Tartu_Kolgata_baptistikogudus, lk 106
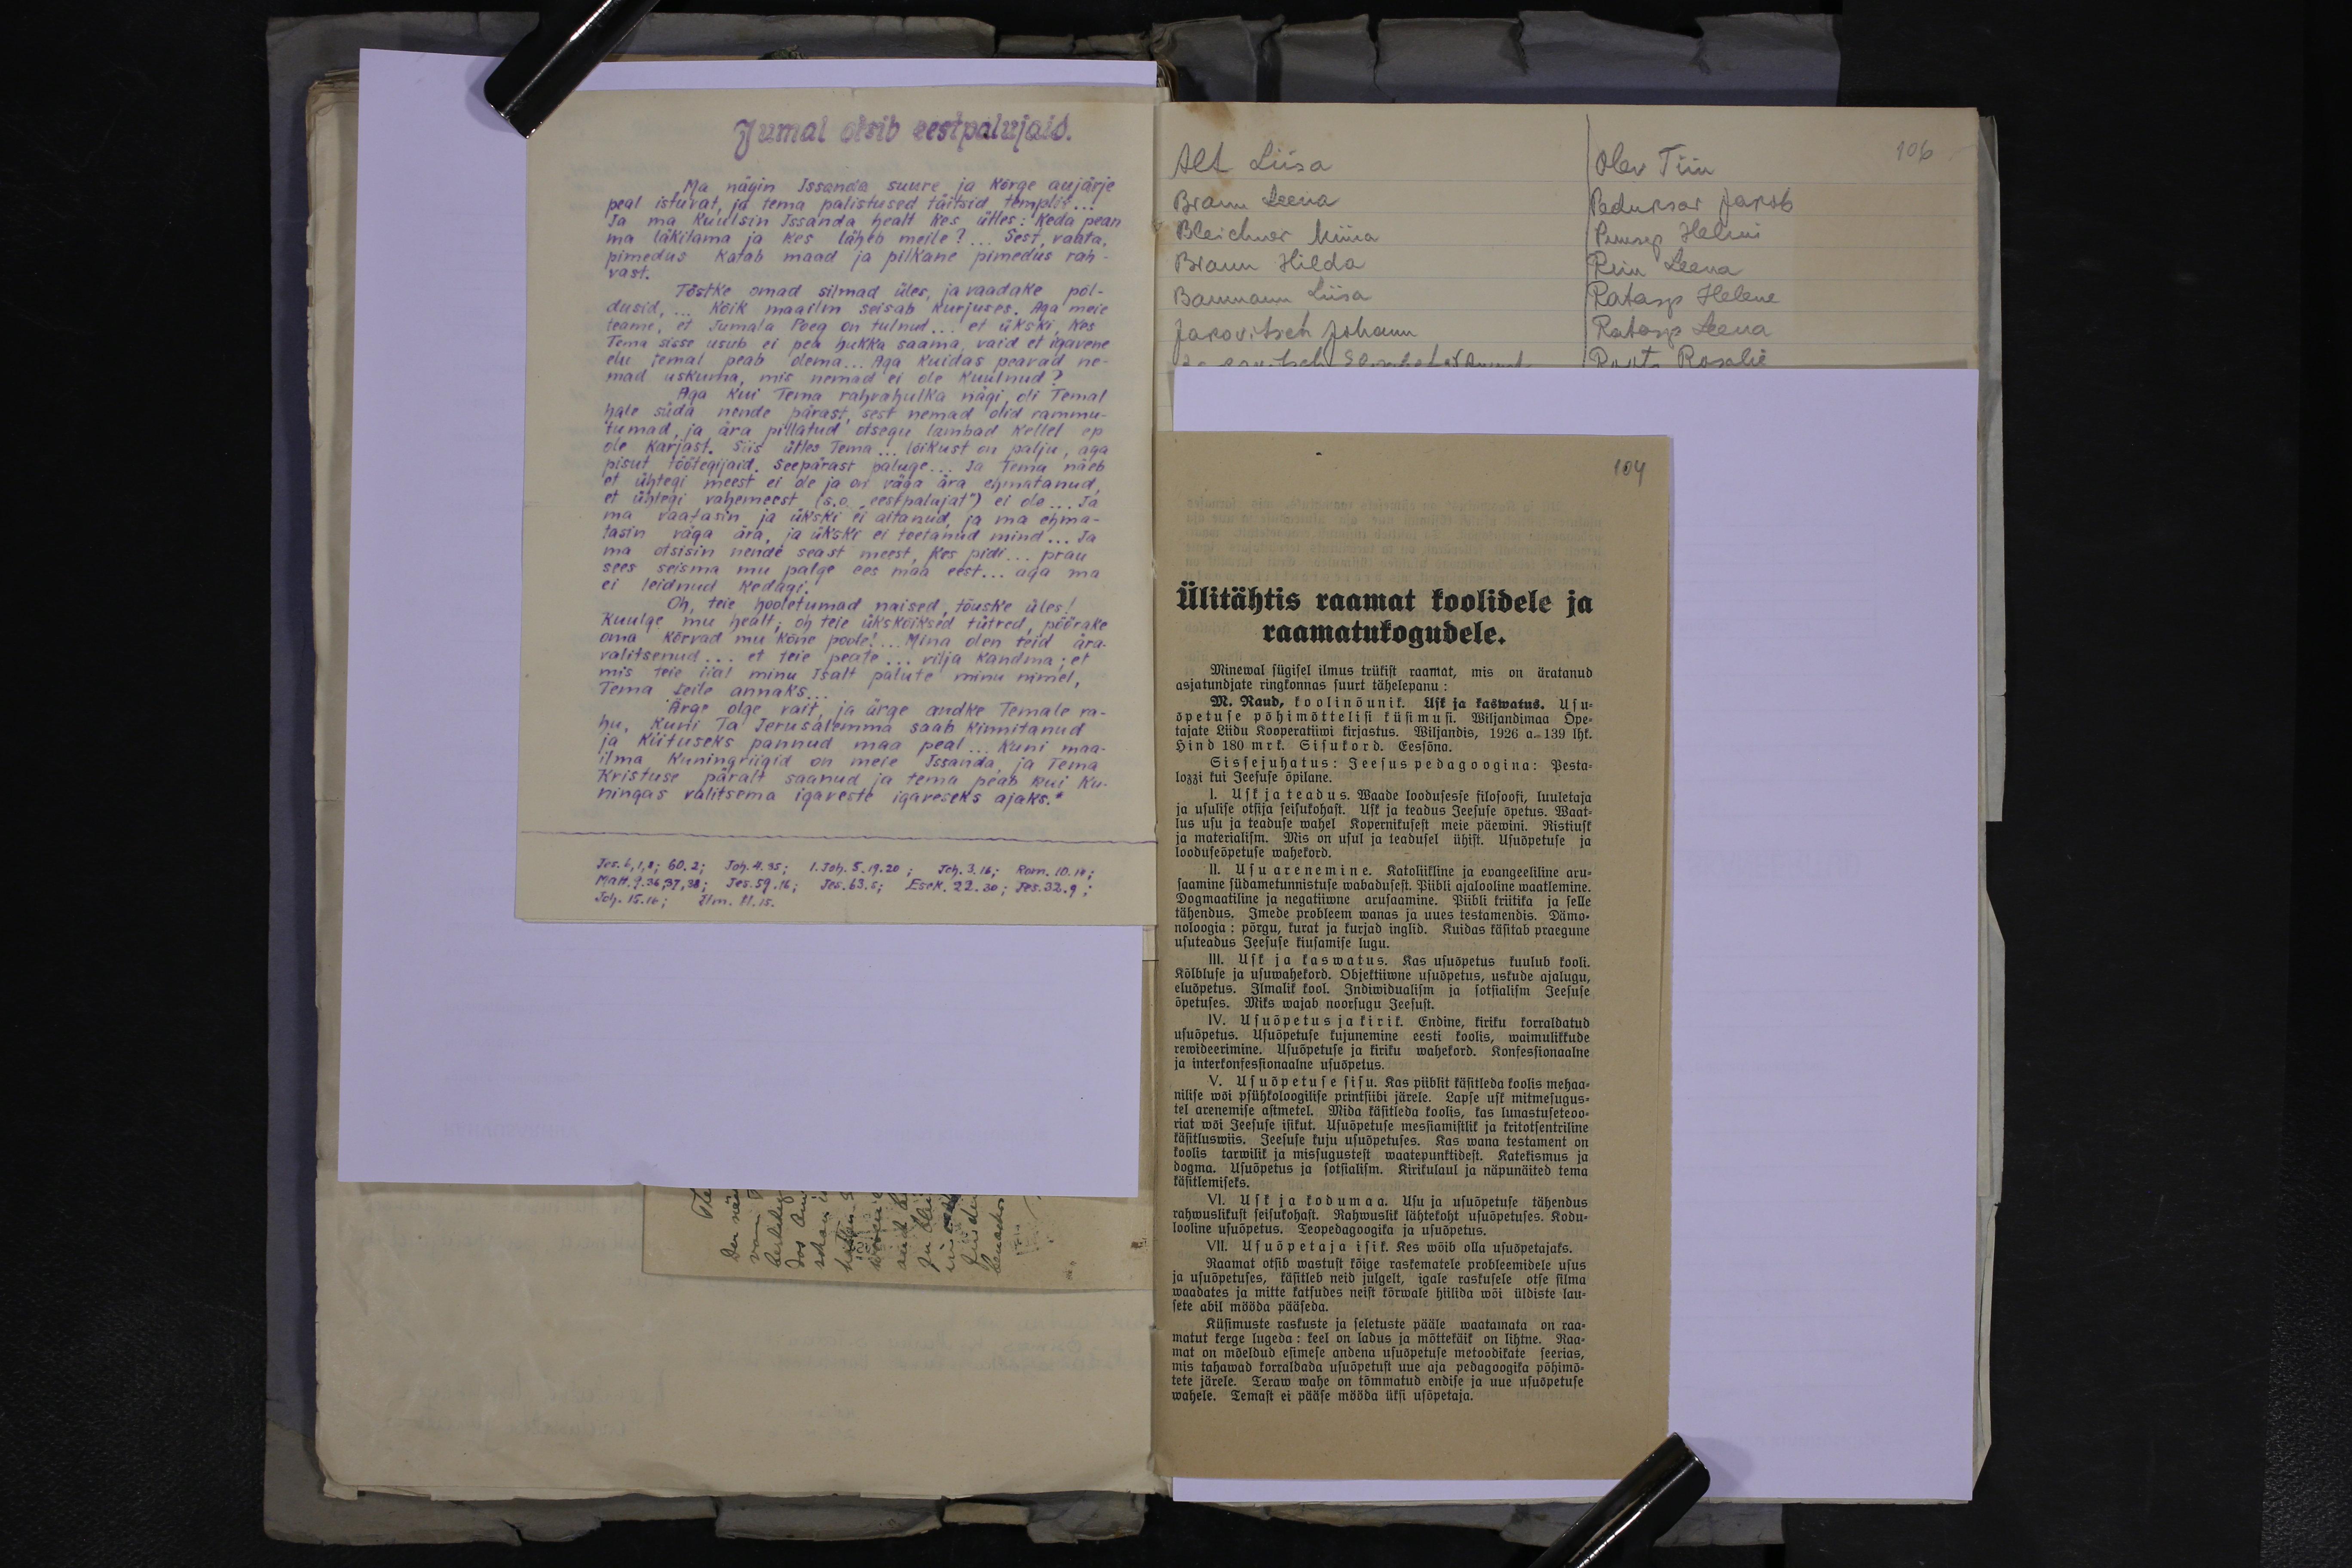
Jumal otsib eestpalujaid.
Ma nägin Issanda suure ja Kõrge aujärje
peal istuvat, ja tema palistused täitsid templit...
Ja ma kuulsin Issanda healt kes ütles: Keda pean
ma läkitama ja kes läheb meile? Sest, vaata,
pimedus katab maad ja pilkane pimedus rah-
vast
Tõstke omad silmad üles ja vaadake põl-
dusid,... kõik maailm seisab kurjuses. Aga meie
teame, et Jumala Poeg on tulnud, et ükski, kes
Tema sisse usub ei pea hukka saama, vaid et igavene
elu temal peab olema... Aga kuidas peavad ne-
mad uskuma, mis nemad ei ole kuulnud?
Aga kui Tema rahvahulka nägi, oli Temal
hale süda nende pärast, sest nemad olid rammu-
tumad ja ära pillatud otsegu lambad kellel ep
ole karjast. Siis ütles Tema... lõikust on palju, aga
pisut töötegijaid, seepärast paluge... Ja tema näeb
et ühtegi meest ei ole ja on väga ära ehamatanud.
et ühtegi vahemeest (s.o. "eestpalujat") ei ole... Ja
ma vaatasin ja ükski ei aitanud, ja ma ehma-
tasin väga ära, ja ükski ei toetanud mind... Ja-
ma otsisin nende seast meest, kes pidi... prau
sees seisma mu palge ees maa eest... aga ma
ei leidnud kedagi!
Oh, teie hooletumad naised, tõuske üles!
kuulge mu healt; oh teie ükskõiksed tütred, pöörake
oma kõrvad mu kõne poole! „Mina olen teid ära-
valitsenud... et teie peate... vilja kandma; et
mis teie iial minu isalt palute minu nimel,
Tema teile annaks
Ärge olge vait, ja ärge andke temale ra
hu, kuni ta Jerusalemma saab kinnitanud
ja kiituseks pannud maa peal... kuni maa-
ilma kuningriigid on meie Issanda ja tema
Kristuse päralt saanud ja tema peab kui Ku
ningas valitsema igaveste igaveseks ajaks.
Jes.6,1,8; 60.2; Joh. 4.35; 1. Joh. 5.19.20; Joh. 3.16; Rom. 10.14;
Matt. 9.36,37,38; Jes. 59.16; Jes. 63.5; Esek. 22.30; Jes. 32.9;
Joh. 15.16; Ilm. 11.15.

Alt Liisa
Olev Tiiu
106
Bram Leena
Peduksar Jakob
Bleichner Miina
Puusep Helmi
Braun Hilda
Rein Leena
Baumann Liisa
Ratasep Helene
Jakovitsch Johann
Ratasep Leena
104
Ülitähtis raamat koolidele ja
raamatukogudele.
Minewal sügisel ilmus trükist raamat, mis on äratanud
asjatundjate ringkonnas suurt tähelepanu:
M. Raud, koolinõunik. Usk ja kaswatus. Usu-
õpetuse põhimõttelisi küsimusi. Wiljandimaa Õpe-
tajate Liidu Kooperatiivi kirjastus. Wiljandis, 1926 a.139 lhk.
hind 180 mrk. Sisukord. Eessõna.
Sissejuhatus: Jeesus pedagoogina: Pesta-
lozzi kui Jeesuse õpilane.
I. Usk ja teadus. Maade loodusesse filosoofi, luuletaja
ja usulise otsija seisukohast. Usk ja teadus Jeesuse õpetus. Waat-
lus usu ja teaduse wahel. Kopernikusest meie päewini. Ristiusk
ja materialism. Mis on usul ja teadusel ühist. Usuõpetuse ja
looduseõpetuse wahekord.
II. Usu arenemine. Katoliikline ja evangeeliline aru-
saamine südametunnistuse wabadusest. Piibli ajalooline waatlemine.
Dogmaatiline ja negatiiwne arusaamine. Piibli kriitika ja selle
tähendus. Imede probleem wanas ja uues testamendis. Dämo-
noloogia: põrgu, kurat ja kurjad inglid. Kuidas käsitab praegune
usuteadus Jeesuse kiusamise lugu.
III. Usk ja kaswatus. Kas usuõpetus kuulub kooli
Kõlbluse ja usuwahekord. Objektiivne usuõpetus, uskude ajalugu.
eluõpetus. Ilmalik kool. Indiwidualism ja sotsialism Jeesuse
õpetuses. Miks vajab noorsugu Jeesust.
IV. Usuõpetus ja kirik. Endine, kiriku korraldatud
usuõpetus. Usuõpetuse kujunemine eesti koolis, waimulikkude
rewideerimine. Usuõpetuse ja kiriku wahekord. Konfessionaalne
ja interkonfessionaalne usuõpetus.
V. Usuõpetuse sisu. Kas piiblit käsitleda koolis mehaa-
nilise wõi psühkoloogilise printsiibi järele. Lapse usk mitmesugus-
tel arenemise astmetel. Mida käsitleda koolis, kas lunastuseteoo-
riat wõi Jeesuse isikut. Usuõpetuse messiamistlik ja kritotsentriline
käsitluswiis. Jeesuse kuju usuõpetuses. Kas wana testament on
koolis tarwilik ja missugustest waatepunktidest. Katekismus ja
dogma. Usuõpetus ja sotsialism. Kirikulaul ja näpunäited tema
käsitlemiseks.
VI. Usk ja kodumaa. Usu ja usuõpetuse tähendus
rahwuslikust seisukohast. Rahwuslik lähtekoht usuõpetuses. Kodu-
looline usuõpetus. Teopedagoogika ja usuõptus.
VII. Usuõpetaja isik. Kes wõib olla usuõpetajaks.
Raamat otsib vastust kõige raskematele probleemidele usus
ja usuõpetuses, käsitleb neid julgelt, igale raskusele otse silma
waadates ja mitte katsudes neist kõrwale hiilida wõi üldiste lau-
sete abil mööda pääseda.
Küsimuste raskuste ja seletuste pääle waatamata on raa-
matut kerge lugeda: keel on ladus ja mõttekäik on lihtne  Raa-
mat on mõeldud esimese andena usuõpetuse metoodikate seerias,
mis tahawad korraldada usuõpetust uue aja pedagoogika põhimõ-
tete järele. Teraw wahe on tõmmatud endise ja uue usuõpetuse
wahele. Temast ei pääse mööda üksi usõpetaja.